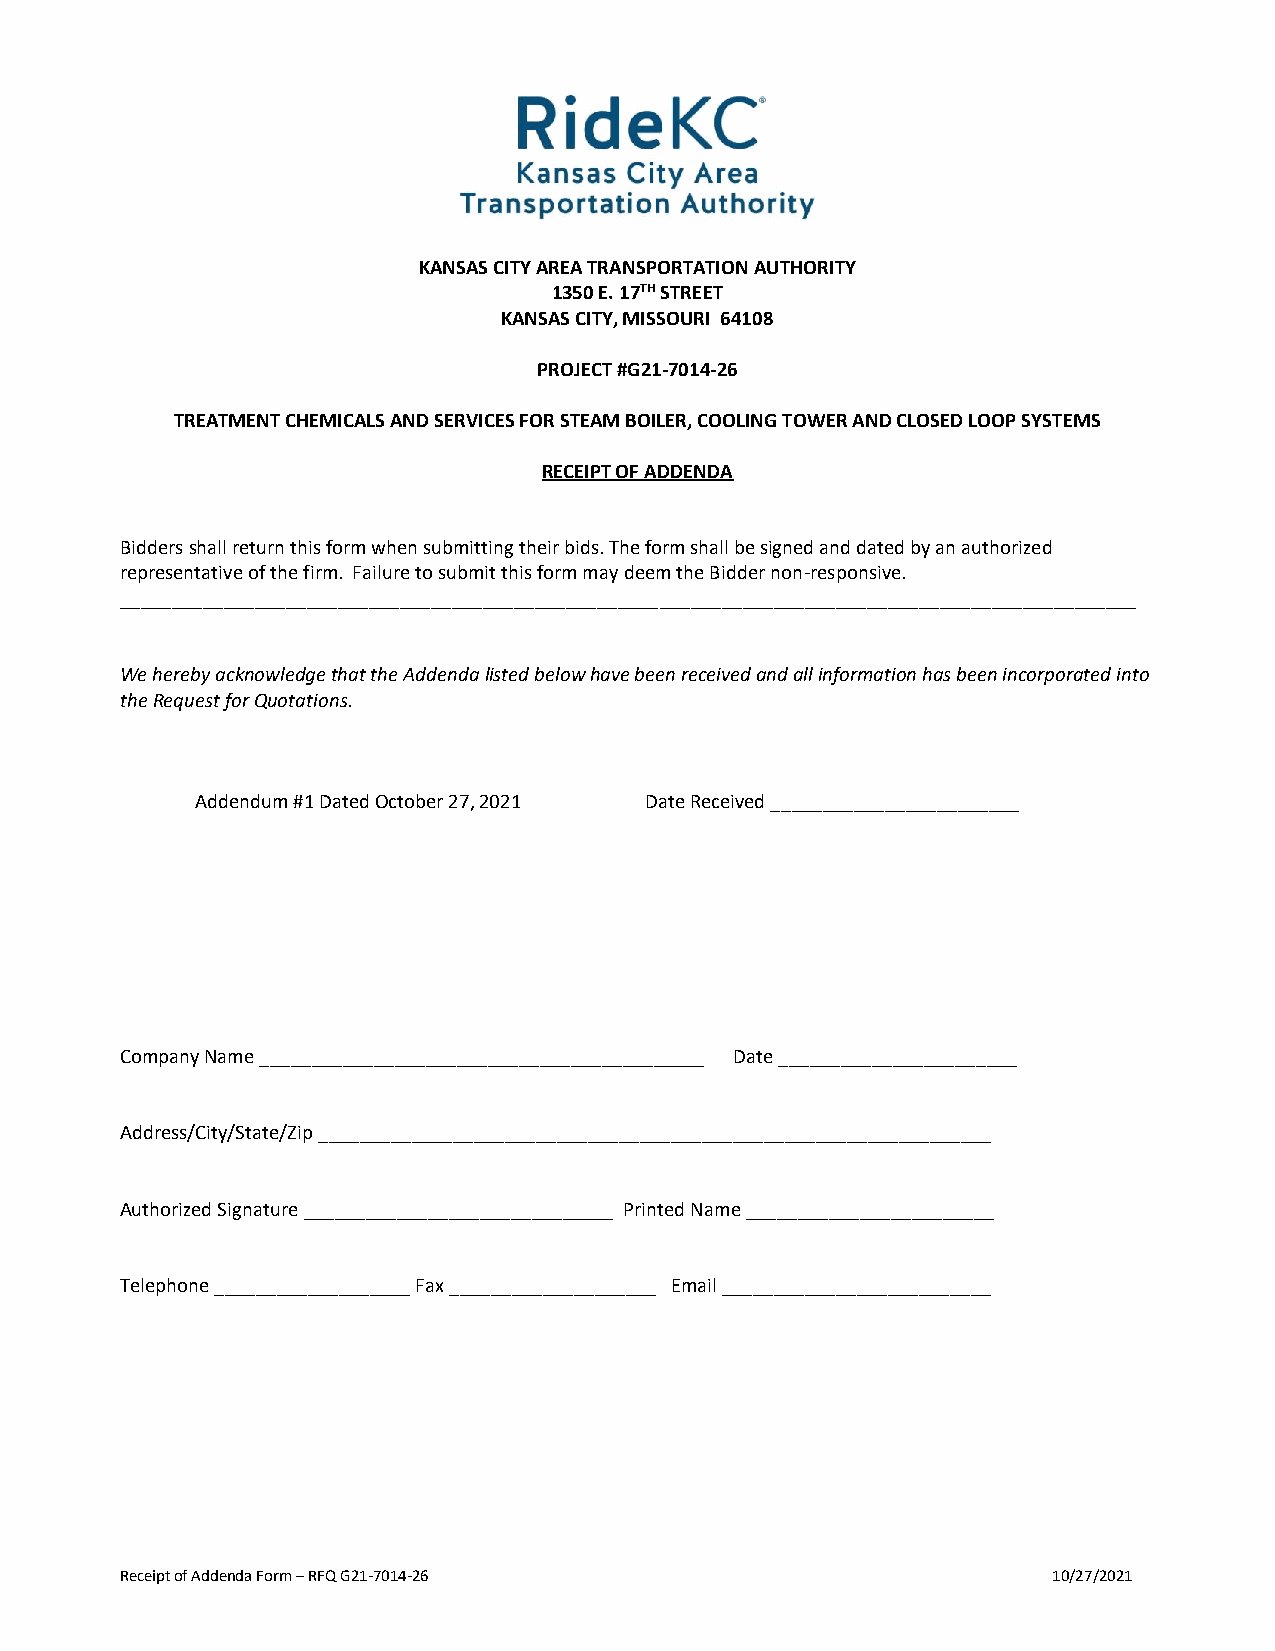
KANSAS CITY AREA TRANSPORTATION AUTHORITY
 1350 E. 17TH STREET
 KANSAS CITY, MISSOURI 64108
 PROJECT #G21-7014-26
 TREATMENT CHEMICALS AND SERVICES FOR STEAM BOILER, COOLING TOWER AND CLOSED LOOP SYSTEMS
 RECEIPT OF ADDENDA
 Bidders shall return this form when submitting their bids. The form shall be signed and dated by an authorized
 representative of the firm. Failure to submit this form may deem the Bidder non-responsive.
 __________________________________________________________________________________________________
 We hereby acknowledge that the Addenda listed below have been received and all information has been incorporated into
 the Request for Quotations.
 Addendum #1 Dated October 27, 2021 Date Received ________________________
 Company Name ___________________________________________ Date _______________________
 Address/City/State/Zip _________________________________________________________________
 Authorized Signature ______________________________ Printed Name ________________________
 Telephone ___________________ Fax ____________________ Email __________________________
 Receipt of Addenda Form – RFQ G21-7014-26                     10/27/2021